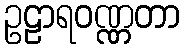
ဥဠာရဝဏ္ဏတာ